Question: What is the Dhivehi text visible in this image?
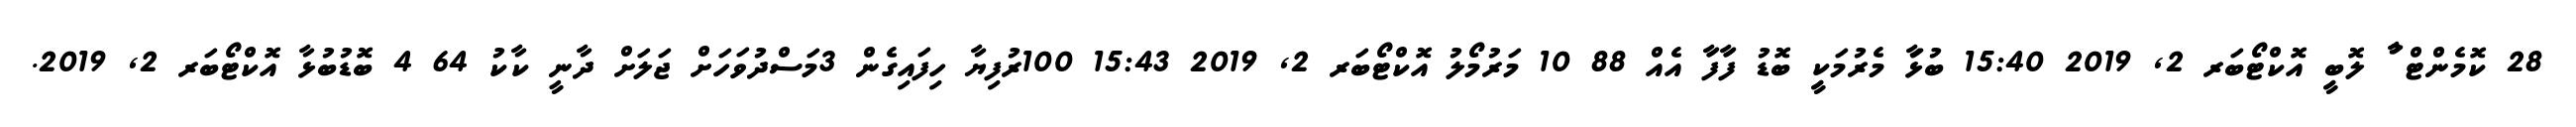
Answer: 28 ކޮމެންޓް ާު ލޮބިީ އޮކްޓޯބަރ 2, 2019 15:40 ބުޅަާ މެރުމަކިީ ބޮޑު ފަާފަާ އެއް 88 10 މަރުމޯލު އޮކްޓޯބަރ 2, 2019 15:43 100ރުފިޔާ ހިފައިގެން 3މަސްދުވަހަށް ޖަލަށް ދާނީ ކާކު 64 4 ބޮޑުބުޅާ އޮކްޓޯބަރ 2, 2019.